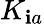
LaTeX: K_{\mathbf{i}a}